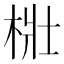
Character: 梉